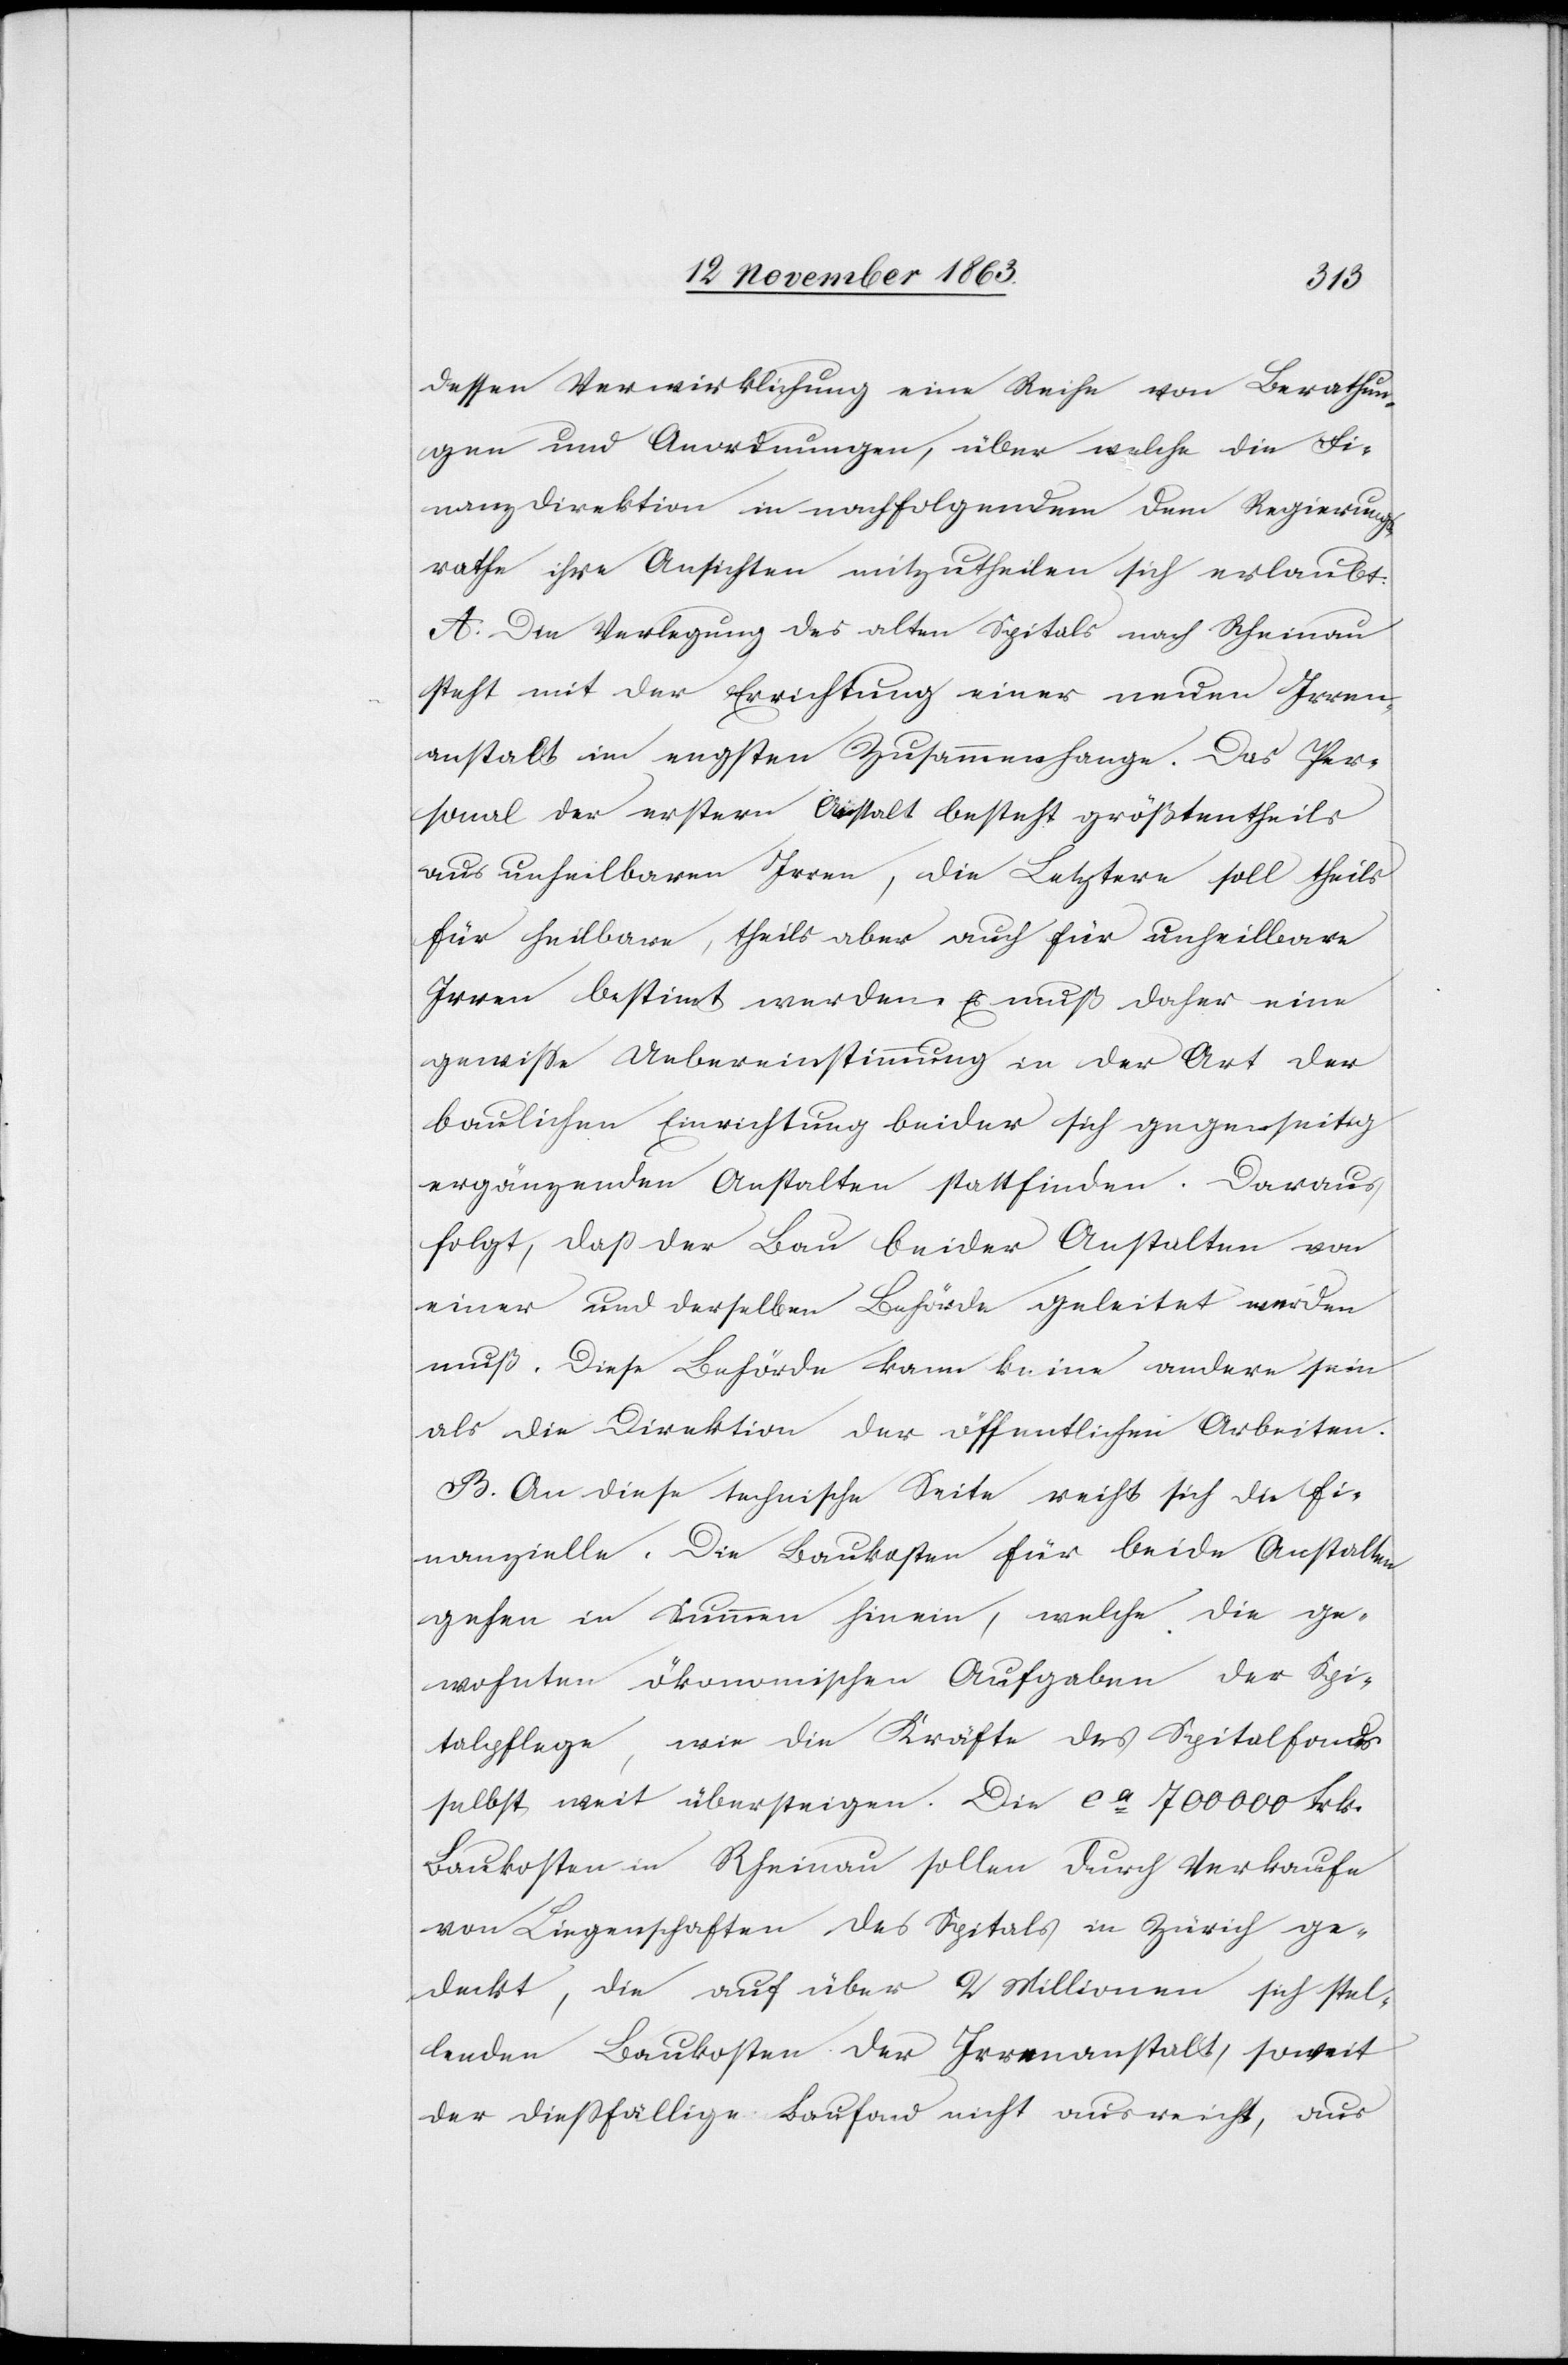
dessen Verwirklichung eine Reihe von Berathun¬
gen und Anordnungen, über welche die Fi¬
nanzdirektion in nachfolgendem dem Regierungs¬
rathe ihre Ansichten mitzutheilen sich erlaubt:
A. Die Verlegung des alten Spitals nach Rheinau
steht mit der Errichtung einer neuen Irren¬
anstalt im engsten Zusammenhange. Das Per¬
sonal der erstern Anstalt besteht größtentheils
aus unheilbaren Irren, die Letztere soll theils
für heilbare, theils aber auch für unheilbare
Irren bestimt werden. Es muß daher eine
gewisse Uebereinstimmung in der Art der
baulichen Einrichtung beider sich gegenseitig
ergänzenden Anstalten stattfinden. Darauf
folgt, daß der Bau beider Anstalten von
einer und derselben Behörde geleitet werden
muß. Diese Behörde kann keine andere sein
als die Direktion der öffentlichen Arbeiten.
B. An diese technische Seite reiht sich die fi¬
nanzielle. Die Baukosten für beide Anstalten
gehen in Summen hinein, welche die ge¬
wohnten ökonomischen Aufgaben der Spi¬
talpflege, wie die Kräfte des Spitalfonds
selbst weit übersteigen. Die ca 700 000 Frk.
Baukosten in Rheinau sollen durch Verkaufe
von Liegenschaften des Spitals in Zürich ge¬
deckt, die auf über 2 Millionen sich stel¬
lenden Baukosten der Irrenanstalt, soweit
der diessfällige Baufond nicht ausreicht, aus